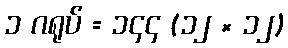
၁ ဂရုပ် = ၁၄၄ (၁၂ × ၁၂)